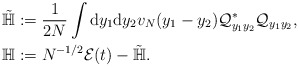
\begin{align*} &\tilde{\mathbb{H}}:=\frac{1}{2N}\int\mathrm{d}y_1\mathrm{d}y_2 v_N(y_1-y_2)\mathcal{Q}^\ast_{y_1y_2}\mathcal{Q}_{y_1y_2},\\& \mathbb{H}:=N^{-1/2}\mathcal{E}(t)-\tilde{\mathbb{H}}.\end{align*}